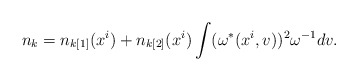
\begin{align*}n_{k}=n_{k[1]} ( x^{i} ) +n_{k[2]} ( x^{i} )\int (\omega^* ( x^{i},v ))^2 \omega ^{-1} dv.\end{align*}